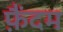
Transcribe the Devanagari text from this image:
फ़ैंदम